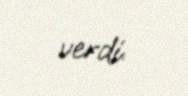
verdi.